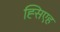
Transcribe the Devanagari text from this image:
ह्सिएह